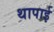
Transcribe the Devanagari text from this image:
थापाई